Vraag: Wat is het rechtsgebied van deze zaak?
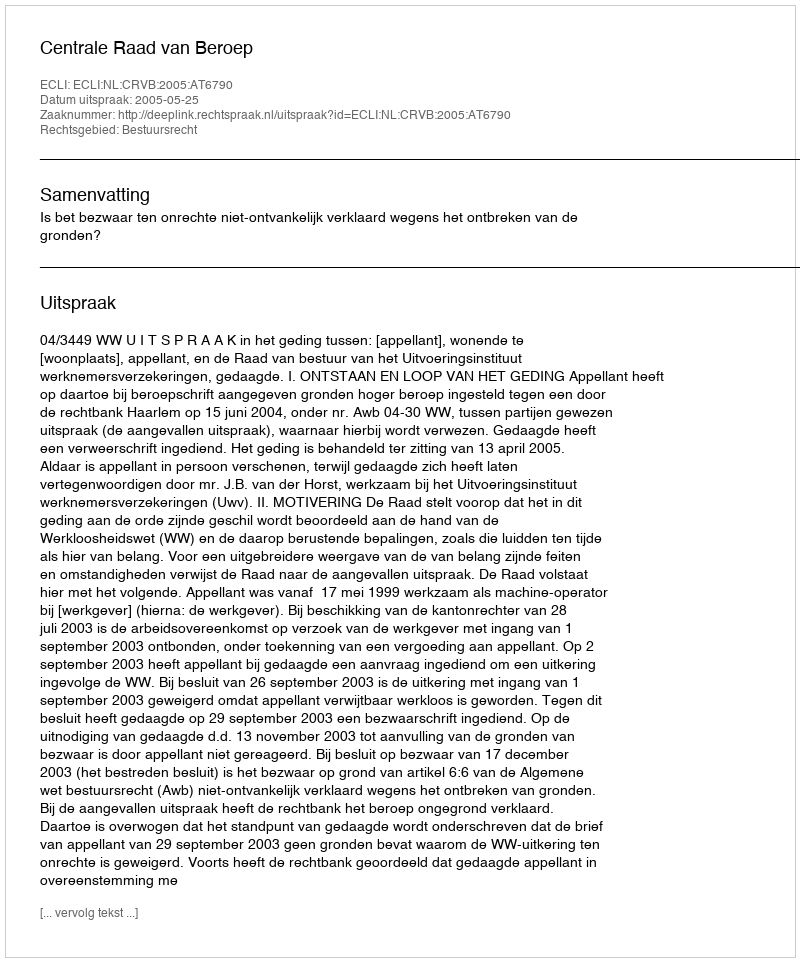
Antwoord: Bestuursrecht